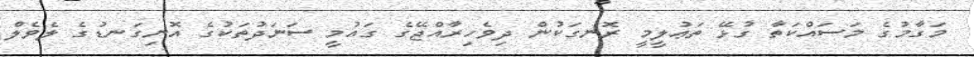
މަގާމުގެ މަސައްކަތާ ގުޅޭ ތަޢުލީމީ ރޮނގަކުން ދިވެހިރާއްޖޭގެ ގައުމީ ސަނަދުތަކުގެ އޮނިގަނޑުގެ ލެވެލް